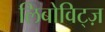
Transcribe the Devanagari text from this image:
लिबोविट्ज़